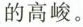
的高峻。